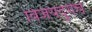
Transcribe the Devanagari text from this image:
विजयदुर्गचे